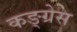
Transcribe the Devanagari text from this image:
कङ्ग्रेस